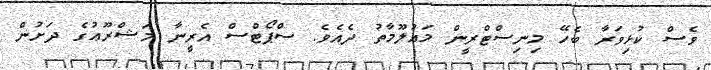
ވެސް ކުޅިވަރާ ބެހޭ މިނިސްޓްރީން މައުލޫމާތު ދެއެވެ. ސްޕޯޓްސް އެރީނާ މަޝްރޫޢުގެ ދަށުން